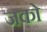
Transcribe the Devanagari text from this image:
जको